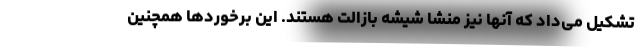
تشکیل می‌داد که آنها نیز منشا شیشه بازالت هستند. این برخوردها همچنین